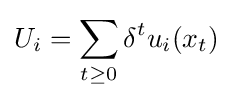
U_{i}=\sum _{t\geq 0}\delta ^{t}u_{i}(x_{t})